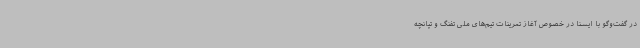
در گفت‌وگو با ایسنا در خصوص آغاز تمرینات تیم‌های ملی تفنگ و تپانچه